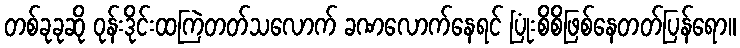
တစ်ခုခုဆို ဝုန်းဒိုင်းထကြဲတတ်သလောက် ခဏလောက်နေရင် ပြုံးစိစိဖြစ်နေတတ်ပြန်ရော။